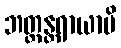
ဘတ္တန္တရာယာပိ